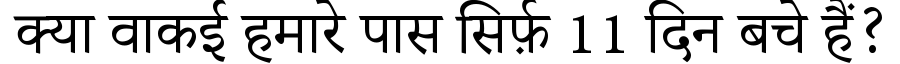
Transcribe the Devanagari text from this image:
क्‍या वाकई हमारे पास सिर्फ़ 11 दिन बचे हैं?